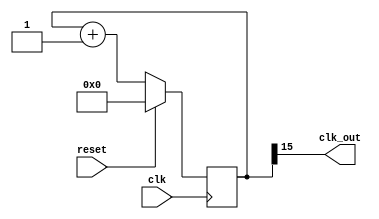
`timescale 1ns / 1ps

module clk_div_disp(
    input clk,
    input reset,
    output clk_out
);

    reg [15:0] COUNT = 0;
    assign clk_out = COUNT[15];

    always @(posedge clk)
    begin
    if(reset)
        COUNT = 0; 
    else
        COUNT = COUNT + 1;
    end

endmodule